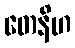
တေနိဟ